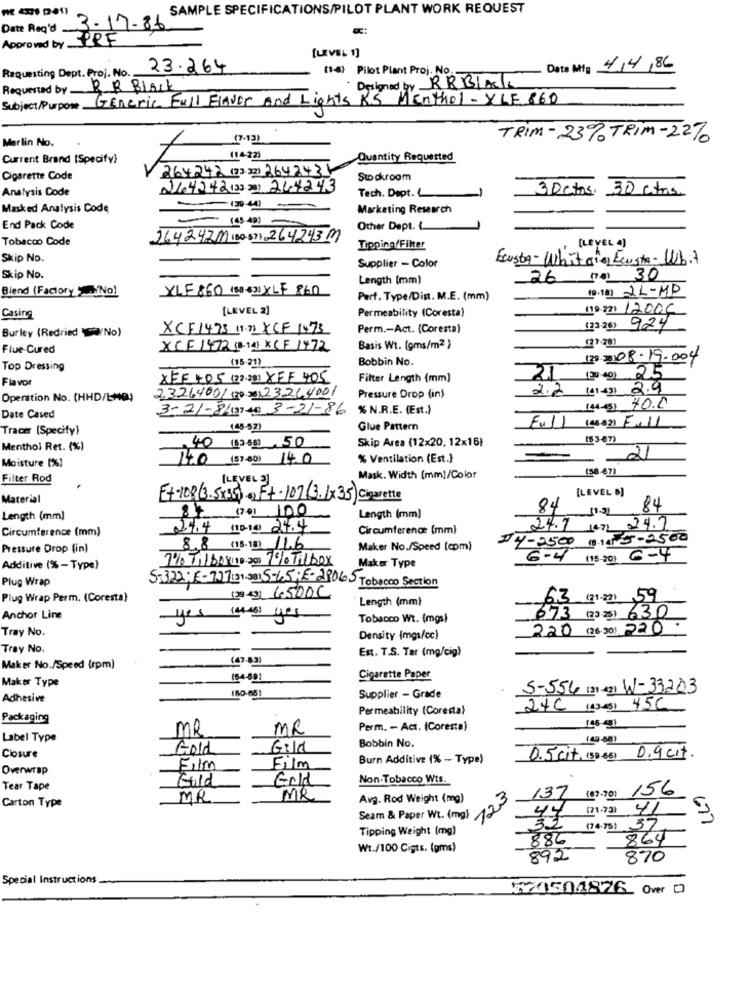
SAMPLE SPECIFICATIONS/PILOT PLANT WORK REQUEST
Date Reg'd
3.17.86
Approved by PPF
[LEVEL 1]
Requesting Dept. Proj. No.
23.264
(1-3) Pilot Plant Proj. No.
Date Mig 4/4/86
by RRBIAL
Requested by BR BLACK
Subject/Purpose Generic Full Flavor And Lights RS Menthol - YLE 860
Merlin No.
(7-13)
TRIM - 23% TRIM - 22%
Current Brand (Specify)
(14-22)
Quantity Requested
1 264242 (73 2) 2642431
Cigarette Code
Sw droom
Analysis Code
264242(3 2) 244243
Tech. Dept. L
30ctos. 30 ctrs.
Masked Analysis Code
Marketing Research
End Pack Code
Other Dept. L.
Tobacco Code
26424Z11 (60-57) 264243M
Tipping/Filter
[LEVEL 4)
Skip No.
Eusta-Whit cie Ecusto- WUbit
Supplier - Color
Skip No.
Length (mm)
26 (na) 30
Blend (Factory No)
YLF 860 (50 -330 XLF 860
(9-18] 2L-MP
Part. Type/Dist. M.E. (mm)
[LEVEL 2]
(19-2) 12006
Casing
Permeability (Coresta)
Burley (Redried No)
XCF1493 11.71 XCF 1473
Perm .- Act. (Coresta)
(23-26) 924
(27-201
Flue-Cured
XCE 1472 (B11 XCF 1472
Basis Wt. (gms/m2 }
(15-21}
Bobbin No.
120 108-19.004
Top Dressing
Flavor
XFF +05 (22-20) XFF 405
Filter Length (mm)
21 (2).40) 25
2326400/ (2006)23264001
2.2 (41.4) 2.9
Operation No. (HHD/LHA)
Pressure Drop (in)
3-21-840700) 3-21-86 % N.R.E. (Est.)
(4-45) 40.0
Date Cased
Full (4682) F.11
Tracer (Specify)
(45-521
Glue Pattern
Skip Area (12x20, 12x16)
(53-87)
Menthol Ret. (%)
.40 (83 85) ,50
14.0 (37.50) 14.0
% Ventilation (Est.)
21
Moisture (%)
(58-67)
Filter Rod
[LEVEL 3]
Mask. Width (mm)/Color
[LEVEL B]
Material
F+-108(3.5x35). Ft.107(3.1x35) Cigarette
04
84 (70) 100
(1.3)
84
Length (mm)
Length (mm)
Circumference (mm)
24.4 (1014) 24.4
Circumference (mm)
24.7 17 24.7
4-2500 010 8-2500
Pressure Drop (in)
8.8 (15.18) 11.6
Maker No./Speed (cpm)
7% Tilba (19 200 7% Tilbox
6-4
(15-20) 6-4
Additive (%-Type)
Maker Type
Plug Wrap
5-322;E-727(31.30) 5-65; E-28065 Tobacco Section
Plug Wrap Perm. (Coresta)
(29 43) 6500C
Length (mm)
63 (21-2) 59
Anchor Line
yes iwas yes
Tobacco Wt. (mgs)
673 (23-25) 630
Tray No.
220 (2630) 220.
Density (mgs/cc)
Tray No.
Est. T.S. Tar (mg/cig)
Maker No./Speed (rpm)
154-89)
Cigarette Paper
Maker Type
5-556 (31 -421 W-33203
Adhesive
Supplier - Grade
Permeability (Coresta)
24C (4343) 45C
Packaging
MR
MR
Perm. - Act. (Coresta)
146-40)
Label Type
Bobbin No.
Gold
Gild
0.5 cit. (50 65) 0.9 cit.
Closure
Burn Additive (% - Type)
Overwrap
Film
Film
Fold
Gold
Non-Tobacco Wts.
Tear Tape
137 (8)-70) 156
Carton Type
MR
MR
Avg. Rod Weight (mg)
123
Seam & Paper Wt. (mg)
37
677
Tipping Weight (mg)
(74.75)
886
864
Wt./100 Cigts. (gms)
892
870
Special Instructions
520504826 Over D